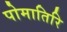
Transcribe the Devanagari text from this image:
पोमातिरि